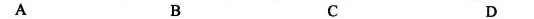
A B C D